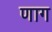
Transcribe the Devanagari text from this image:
णाग